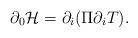
LaTeX: \begin{align*}\partial_0{\cal H} = \partial_i(\Pi \partial_i T).\end{align*}